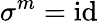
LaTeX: \sigma^{m}=\mathrm{id}